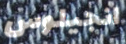
انجيلوس